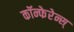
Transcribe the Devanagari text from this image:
कॉन्फेरेन्स्